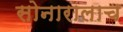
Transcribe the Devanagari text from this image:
सोनारालाच